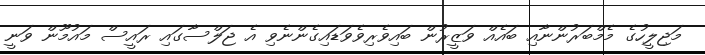
މަޖިލީހުގެ މެމްބަރުންނާއި ބައެއް ވަޒީރުން ބައިވެރިވެވަޑައިގެންނެވި އެ ޖަލްސާގައި ރައީސް މައުމޫން ވަނީ